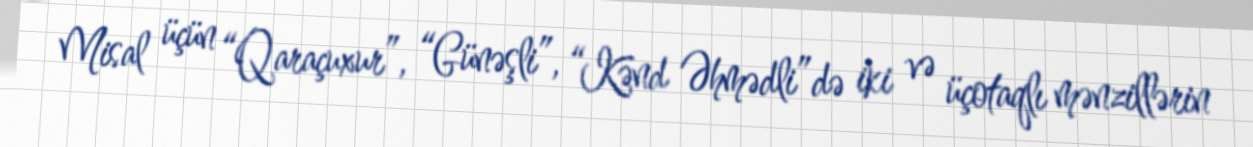
Misal üçün “Qaraçuxur”, “Günəşli”, “Kənd Əhmədli”də iki və üçotaqlı mənzillərin